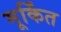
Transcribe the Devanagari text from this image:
मूर्किंत